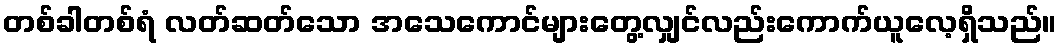
တစ်ခါတစ်ရံ လတ်ဆတ်သော အသေကောင်များတွေ့လျှင်လည်းကောက်ယူလေ့ရှိသည်။